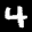
Label: 4